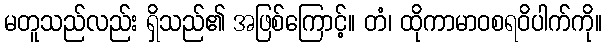
မတူသည်လည်း ရှိသည်၏ အဖြစ်ကြောင့်။ တံ၊ ထိုကာမာဝစရဝိပါက်ကို။